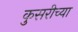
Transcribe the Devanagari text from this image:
कुसरीच्या